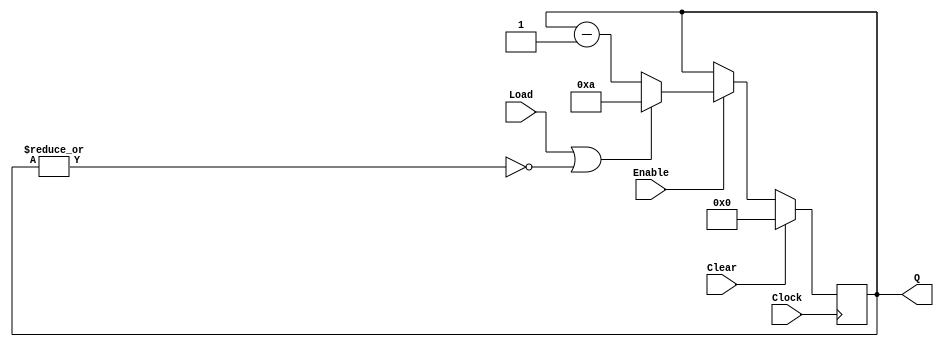
`timescale 1ns / 1ps
//////////////////////////////////////////////////////////////////////////////////
// Company: 
// Engineer: 
// 
// Design Name: 
// Module Name: bit4_down_counter_syn_load_enable_clear
// Project Name: 
// Target Devices: 
// Tool Versions: 
// Description: 
// 
// Dependencies: 
// 
// Revision:
// Revision 0.01 - File Created
// Additional Comments:
// 
//////////////////////////////////////////////////////////////////////////////////


module bit4_down_counter_syn_load_enable_clear(
    input Clock,
    input Enable,
    input Clear,
    input Load,
    output [3:0] Q
    );
    
    reg [3:0] count;
    wire cnt_done;
    
    assign cnt_done = ~| count;
    assign Q = count;
        always @(posedge Clock)
            if (Clear)
                count <= 0;
            else if (Enable)
                if (Load | cnt_done)
                    count <= 4'b1010; // decimal 10
            else
                count <= count - 1;
                
endmodule